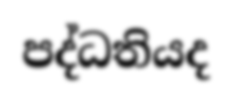
පද්ධතියද